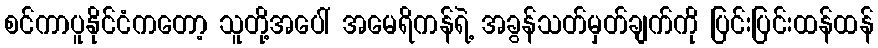
စင်ကာပူနိုင်ငံကတော့ သူတို့အပေါ် အမေရိကန်ရဲ့ အခွန်သတ်မှတ်ချက်ကို ပြင်းပြင်းထန်ထန်